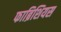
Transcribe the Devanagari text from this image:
फाब्रिशियस